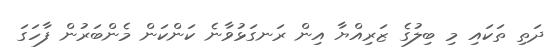
ދަތި ތަކައި މި ބިލުގެ ޒަރިއްޔާ އިން ރަނގަޅުވާނެ ކަންކަން މެންބަރުން ފާހަގަ